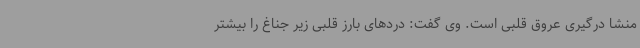
منشا درگیری عروق قلبی است. وی گفت: دردهای بارز قلبی زیر جناغ را بیشتر